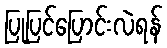
ပြုပြင်ပြောင်းလဲရန်